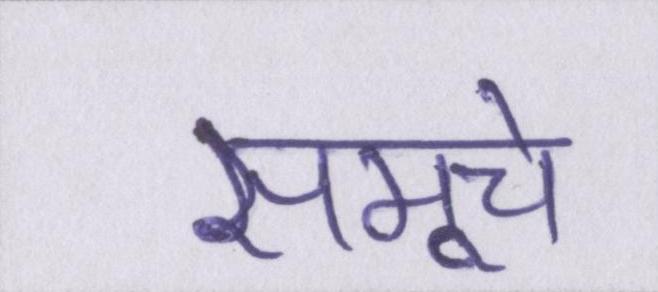
समूचे